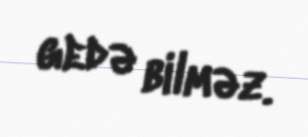
gedə bilməz.